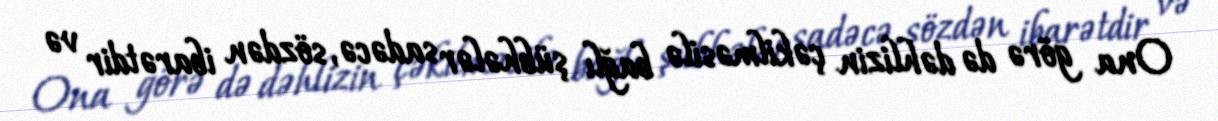
Ona görə də dəhlizin çəkilməsilə bağlı şübhələr sadəcə, sözdən ibarətdir və